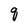
Character: q